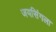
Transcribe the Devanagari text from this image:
जयसिंगला